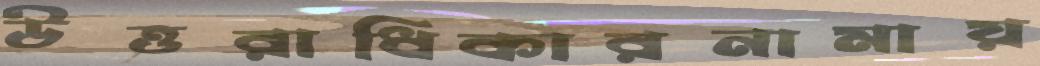
উত্তরাধিকারনামায়